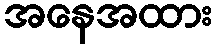
အနေအထား